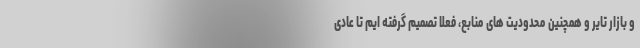
و بازار تایر و همچنین محدودیت های منابع، فعلا تصمیم گرفته ایم تا عادی